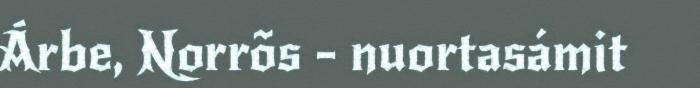
Árbe, Norrõs - nuortasámit